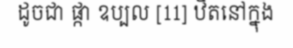
ដូចជា ផ្កា ឧប្បល [11] ឋិតនៅក្នុង